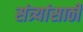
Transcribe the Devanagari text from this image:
संत्र्यांसाठी